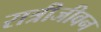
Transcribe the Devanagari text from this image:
रात्रीजीवन